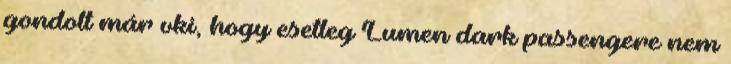
gondolt már vki, hogy esetleg Lumen dark passengere nem